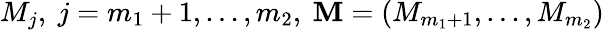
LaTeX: M_{j},\ j=m_{1}+1,...,m_{2},\ \textbf{M}=(M_{m_{1}+1},...,M_{m_{2}})